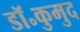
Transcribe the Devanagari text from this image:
डॉ॰कुमुद